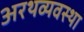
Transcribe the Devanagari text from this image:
अरथव्यवस्था